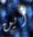
أين